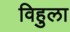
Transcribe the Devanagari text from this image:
विहुला